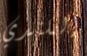
الكندي